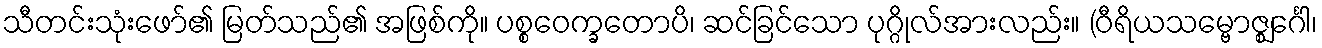
သီတင်းသုံးဖော်၏ မြတ်သည်၏ အဖြစ်ကို။ ပစ္စဝေက္ခတောပိ၊ ဆင်ခြင်သော ပုဂ္ဂိုလ်အားလည်း။ (ဝီရိယသမ္ဗောဇ္ဈင်္ဂေါ၊